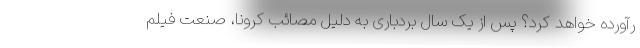
رآورده خواهد کرد؟ پس از یک سال بردباری به دلیل مصائب کرونا، صنعت فیلم